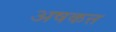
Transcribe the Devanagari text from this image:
अषकत्त